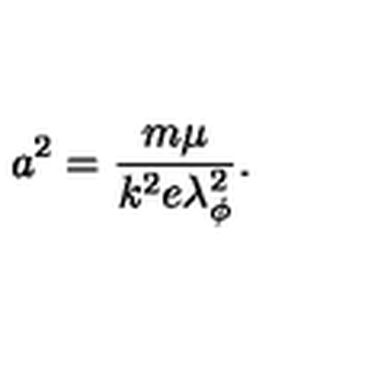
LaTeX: a ^ { 2 } = \frac { m \mu } { k ^ { 2 } e \lambda _ { \phi } ^ { 2 } } .